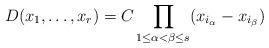
LaTeX: \begin{align*} D(x_1, \dots, x_r) = C \prod_{1 \leq \alpha < \beta \leq s} (x_{i_\alpha} - x_{i_\beta}) \end{align*}